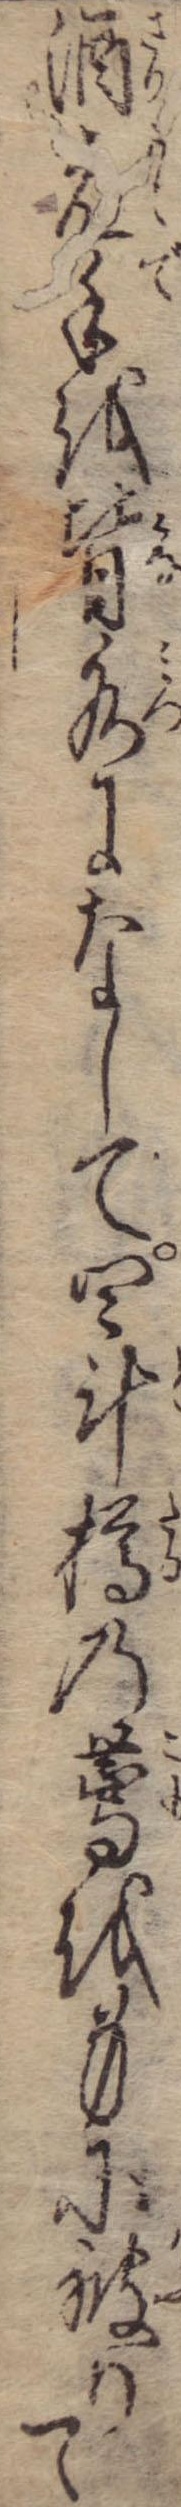
酒元手を皆水になして四斗樽の薦を身に被りて